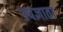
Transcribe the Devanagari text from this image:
उपज्ञाता